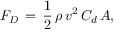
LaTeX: F _ { D } \, = \, { \frac { 1 } { 2 } } \, \rho \, v ^ { 2 } \, C _ { d } \, A ,